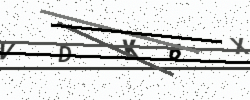
Text: VDK6X